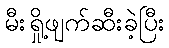
မီးရှို့ဖျက်ဆီးခဲ့ပြီး